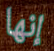
إنها